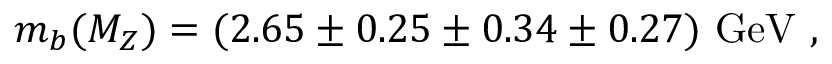
m _ { b } ( M _ { Z } ) = ( 2 . 6 5 \pm 0 . 2 5 \pm 0 . 3 4 \pm 0 . 2 7 ) ~ \mathrm { G e V } ~ ,